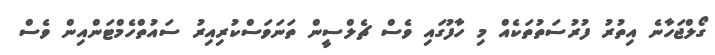
ގޯލްޖަހާނެ އިތުރު ފުރުސަތުތަކެއް މި ހާފުގައި ވެސް ޗެލްސީން ތަނަވަސްކުރިއިރު ސައުތްހެމްޓަންއިން ވެސް